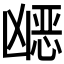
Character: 𭂿